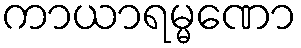
ကာယာရမ္မဏော